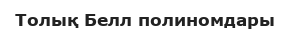
Толық Белл полиномдары